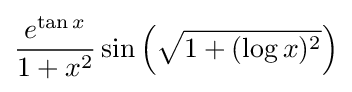
{\frac {e^{\tan x}}{1+x^{2}}}\sin \left({\sqrt {1+(\log x)^{2}}}\right)